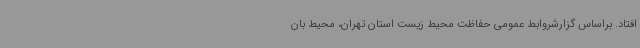
افتاد. براساس گزارشروابط عمومی حفاظت محیط زیست استان تهران، محیط بان